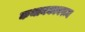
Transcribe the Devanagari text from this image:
कथानकावरून